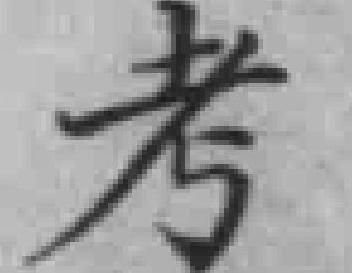
考